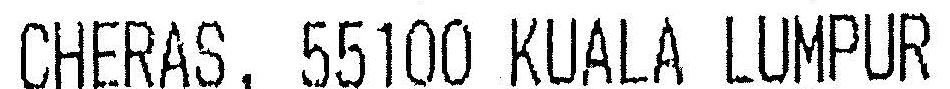
CHERAS, 55100 KUALA LUMPUR